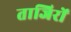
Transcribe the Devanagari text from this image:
ताजिरों